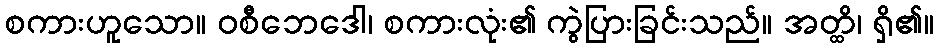
စကားဟူသော။ ဝစီဘေဒေါ၊ စကားလုံး၏ ကွဲပြားခြင်းသည်။ အတ္ထိ၊ ရှိ၏။